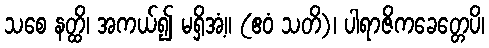
သစေ နတ္ထိ၊ အကယ်၍ မရှိအံ့။ (ဧဝံ သတိ)၊ ပါရာဇိကခေတ္တေပိ၊